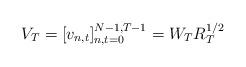
LaTeX: \begin{align*}V_T = [ v_{n,t} ]_{n,t = 0}^{N-1, T-1} = W_T R_T^{1/2}\end{align*}